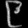
Digit: ၉